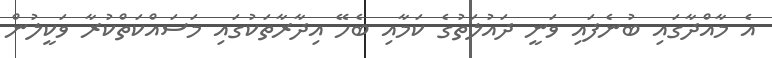
އެ މާއްދާގައި ބުނެފައި ވަނީ ދައުލަތުގެ ކަމާއި ބެހޭ އިދާރާތަކުގައި މަސައްކަތްކުރާ ވަކީލުން